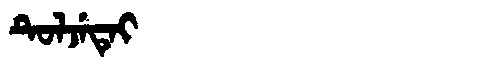
Manchu: ᡨᡠᠯᠵᡝᡨᡝᡳ
Romanization: TULJETEI